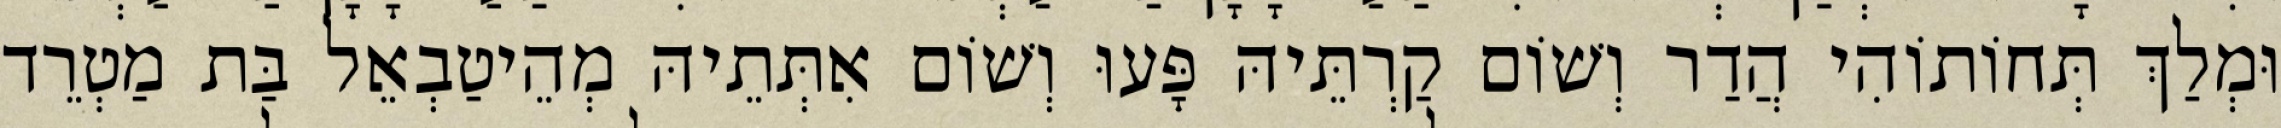
וּמְלַךְ תְּחוֹתוֹהִי הֲדַר וְשׁוֹם קַרְתֵּיהּ פָּעוּ וְשׁוֹם אִתְּתֵיהּ מְהֵיטַבְאֵל בַּת מַטְרֵד